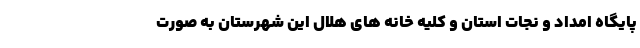
پایگاه امداد و نجات استان و کلیه خانه های هلال این شهرستان به صورت